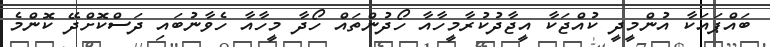
ބައްޕައަކާ އުންމީދީ ކުއްޖަކާ އީޖާދުކުރާމީހާއާ ހޯދުންތައް ހޯދާ މީހާއާ ހެވާނުބައި ދަސްކޮށްދޭ ކޮންމެ